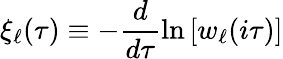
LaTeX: \xi_{\ell}(\tau)\equiv-\frac{d}{d\tau}\ln\left[w_{\ell}(i\tau)\right]